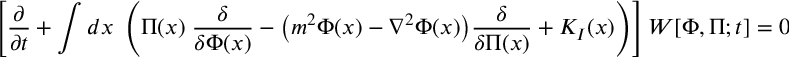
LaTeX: \left[ { \frac { \partial } { \partial t } } + \int d x \; \left( \Pi ( x ) \; { \frac { \delta } { \delta \Phi ( x ) } } - \big ( m ^ { 2 } \Phi ( x ) - \nabla ^ { 2 } \Phi ( x ) \big ) { \frac { \delta } { \delta \Pi ( x ) } } + { \cal K } _ { I } ( x ) \right) \right] W [ \Phi , \Pi ; t ] = 0 \; ,